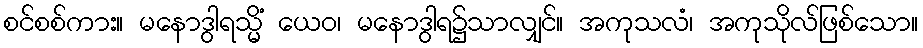
စင်စစ်ကား။ မနောဒွါရသ္မိံ ယေဝ၊ မနောဒွါရ၌သာလျှင်။ အကုသလံ၊ အကုသိုလ်ဖြစ်သော။